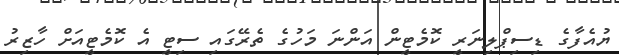
ޔުއެފާގެ ޑިސިޕްލިނަރީ ކޮމެޓީން އަންނަ މަހުގެ ތެރޭގައި ސިޓީ އެ ކޮމެޓީއަށް ހާޒިރު